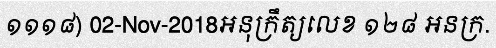
១១១៨) 02-Nov-2018អនុក្រឹត្យលេខ ១២៨ អនក្រ.